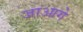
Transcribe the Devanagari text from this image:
जाआगे